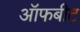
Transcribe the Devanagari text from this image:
ऑफबीट